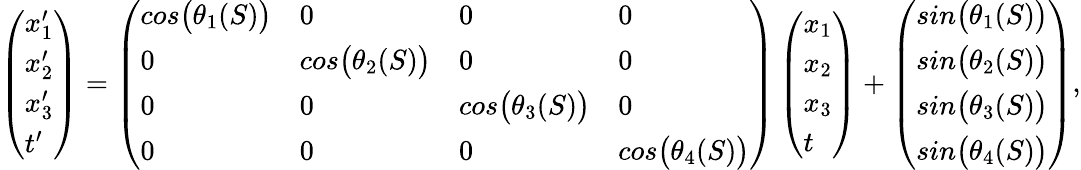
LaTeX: \begin{array}{r}{\left(\begin{array}{l}{x_{1}^{\prime}}\\ {x_{2}^{\prime}}\\ {x_{3}^{\prime}}\\ {t^{\prime}}\end{array}\right)=\left(\begin{array}{llll}{cos\big(\theta_{1}(S)\big)}&{0}&{0}&{0}\\ {0}&{cos\big(\theta_{2}(S)\big)}&{0}&{0}\\ {0}&{0}&{cos\big(\theta_{3}(S)\big)}&{0}\\ {0}&{0}&{0}&{cos\big(\theta_{4}(S)\big)}\end{array}\right)\left(\begin{array}{l}{x_{1}}\\ {x_{2}}\\ {x_{3}}\\ {t}\end{array}\right)+\left(\begin{array}{l}{sin\big(\theta_{1}(S)\big)}\\ {sin\big(\theta_{2}(S)\big)}\\ {sin\big(\theta_{3}(S)\big)}\\ {sin\big(\theta_{4}(S)\big)}\end{array}\right),}\end{array}